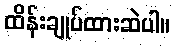
ထိန်းချုပ်ထားဆဲပါ။